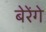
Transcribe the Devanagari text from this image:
बेरेंगे